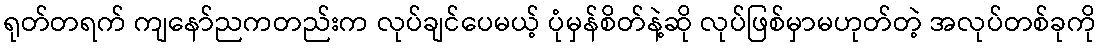
ရုတ်တရက် ကျနော်ညကတည်းက လုပ်ချင်ပေမယ့် ပုံမှန်စိတ်နဲ့ဆို လုပ်ဖြစ်မှာမဟုတ်တဲ့ အလုပ်တစ်ခုကို